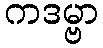
ကဒမ္ဗာ